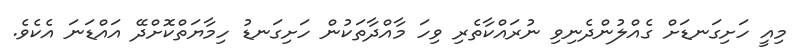
މިއީ ހަށިގަނޑަށް ގެއްލުންދެނިވި ނުރައްކާތެރި ވިހަ މާއްދާތަކުން ހަށިގަނޑު ހިމާޔަތްކޮށްދޭ އައްޑަނަ އެކެވެ.